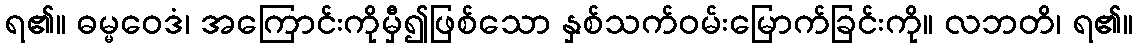
ရ၏။ ဓမ္မဝေဒံ၊ အကြောင်းကိုမှီ၍ဖြစ်သော နှစ်သက်ဝမ်းမြောက်ခြင်းကို။ လဘတိ၊ ရ၏။